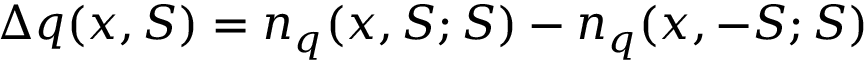
\Delta q ( x , S ) = n _ { q } ( x , S ; S ) - n _ { q } ( x , - S ; S )